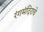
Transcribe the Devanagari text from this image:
रंगमंदिराचे